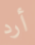
أرد